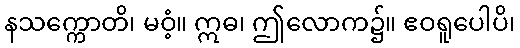
နသက္ကောတိ၊ မဝံ့။ ဣဓ၊ ဤလောက၌။ ဧဝရူပေါပိ၊